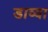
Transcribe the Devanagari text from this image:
डाव्‍या